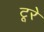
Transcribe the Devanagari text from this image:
टूरे